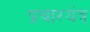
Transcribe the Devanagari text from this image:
प्रचारयंत्र